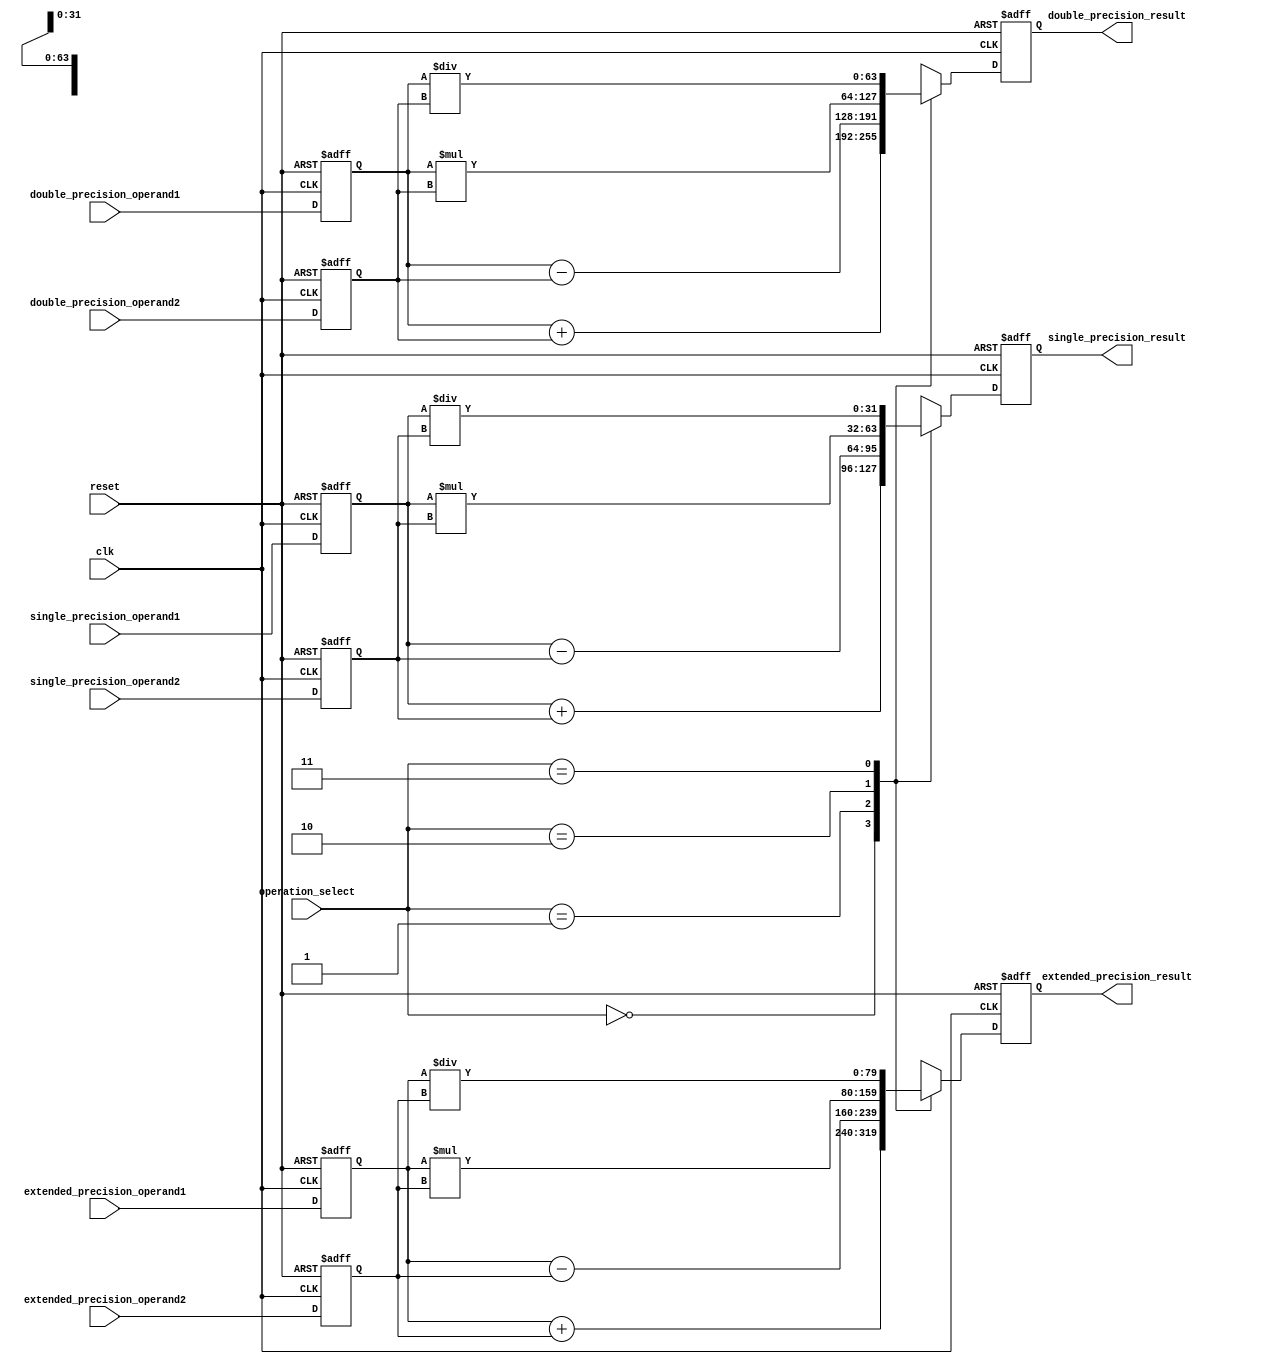
module mixed_precision_fpu(
    input wire clk,
    input wire reset,

    // Data inputs
    input wire [31:0] single_precision_operand1,
    input wire [31:0] single_precision_operand2,
    input wire [63:0] double_precision_operand1,
    input wire [63:0] double_precision_operand2,
    input wire [79:0] extended_precision_operand1,
    input wire [79:0] extended_precision_operand2,

    // Operation select inputs
    input wire [1:0] operation_select, // 00: addition, 01: subtraction, 10: multiplication, 11: division

    // Result outputs
    output reg [31:0] single_precision_result,
    output reg [63:0] double_precision_result,
    output reg [79:0] extended_precision_result
);

// Internal registers for storing operands and results
reg [31:0] single_precision_operand_reg1, single_precision_operand_reg2;
reg [63:0] double_precision_operand_reg1, double_precision_operand_reg2;
reg [79:0] extended_precision_operand_reg1, extended_precision_operand_reg2;

// Control logic
always @(posedge clk or posedge reset) begin
    if (reset) begin
        // Reset all registers and outputs
        single_precision_operand_reg1 <= 0;
        single_precision_operand_reg2 <= 0;
        double_precision_operand_reg1 <= 0;
        double_precision_operand_reg2 <= 0;
        extended_precision_operand_reg1 <= 0;
        extended_precision_operand_reg2 <= 0;
        single_precision_result <= 0;
        double_precision_result <= 0;
        extended_precision_result <= 0;
    end else begin
        // Update operand registers based on input data
        single_precision_operand_reg1 <= single_precision_operand1;
        single_precision_operand_reg2 <= single_precision_operand2;
        double_precision_operand_reg1 <= double_precision_operand1;
        double_precision_operand_reg2 <= double_precision_operand2;
        extended_precision_operand_reg1 <= extended_precision_operand1;
        extended_precision_operand_reg2 <= extended_precision_operand2;

        // Perform arithmetic operation based on operation select input
        case(operation_select)
            2'b00: begin // addition
                single_precision_result <= single_precision_operand_reg1 + single_precision_operand_reg2;
                double_precision_result <= double_precision_operand_reg1 + double_precision_operand_reg2;
                extended_precision_result <= extended_precision_operand_reg1 + extended_precision_operand_reg2;
            end
            2'b01: begin // subtraction
                single_precision_result <= single_precision_operand_reg1 - single_precision_operand_reg2;
                double_precision_result <= double_precision_operand_reg1 - double_precision_operand_reg2;
                extended_precision_result <= extended_precision_operand_reg1 - extended_precision_operand_reg2;
            end
            2'b10: begin // multiplication
                single_precision_result <= single_precision_operand_reg1 * single_precision_operand_reg2;
                double_precision_result <= double_precision_operand_reg1 * double_precision_operand_reg2;
                extended_precision_result <= extended_precision_operand_reg1 * extended_precision_operand_reg2;
            end
            2'b11: begin // division
                single_precision_result <= single_precision_operand_reg1 / single_precision_operand_reg2;
                double_precision_result <= double_precision_operand_reg1 / double_precision_operand_reg2;
                extended_precision_result <= extended_precision_operand_reg1 / extended_precision_operand_reg2;
            end
        endcase
    end
end

endmodule